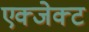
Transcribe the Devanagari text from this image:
एक्जेक्ट